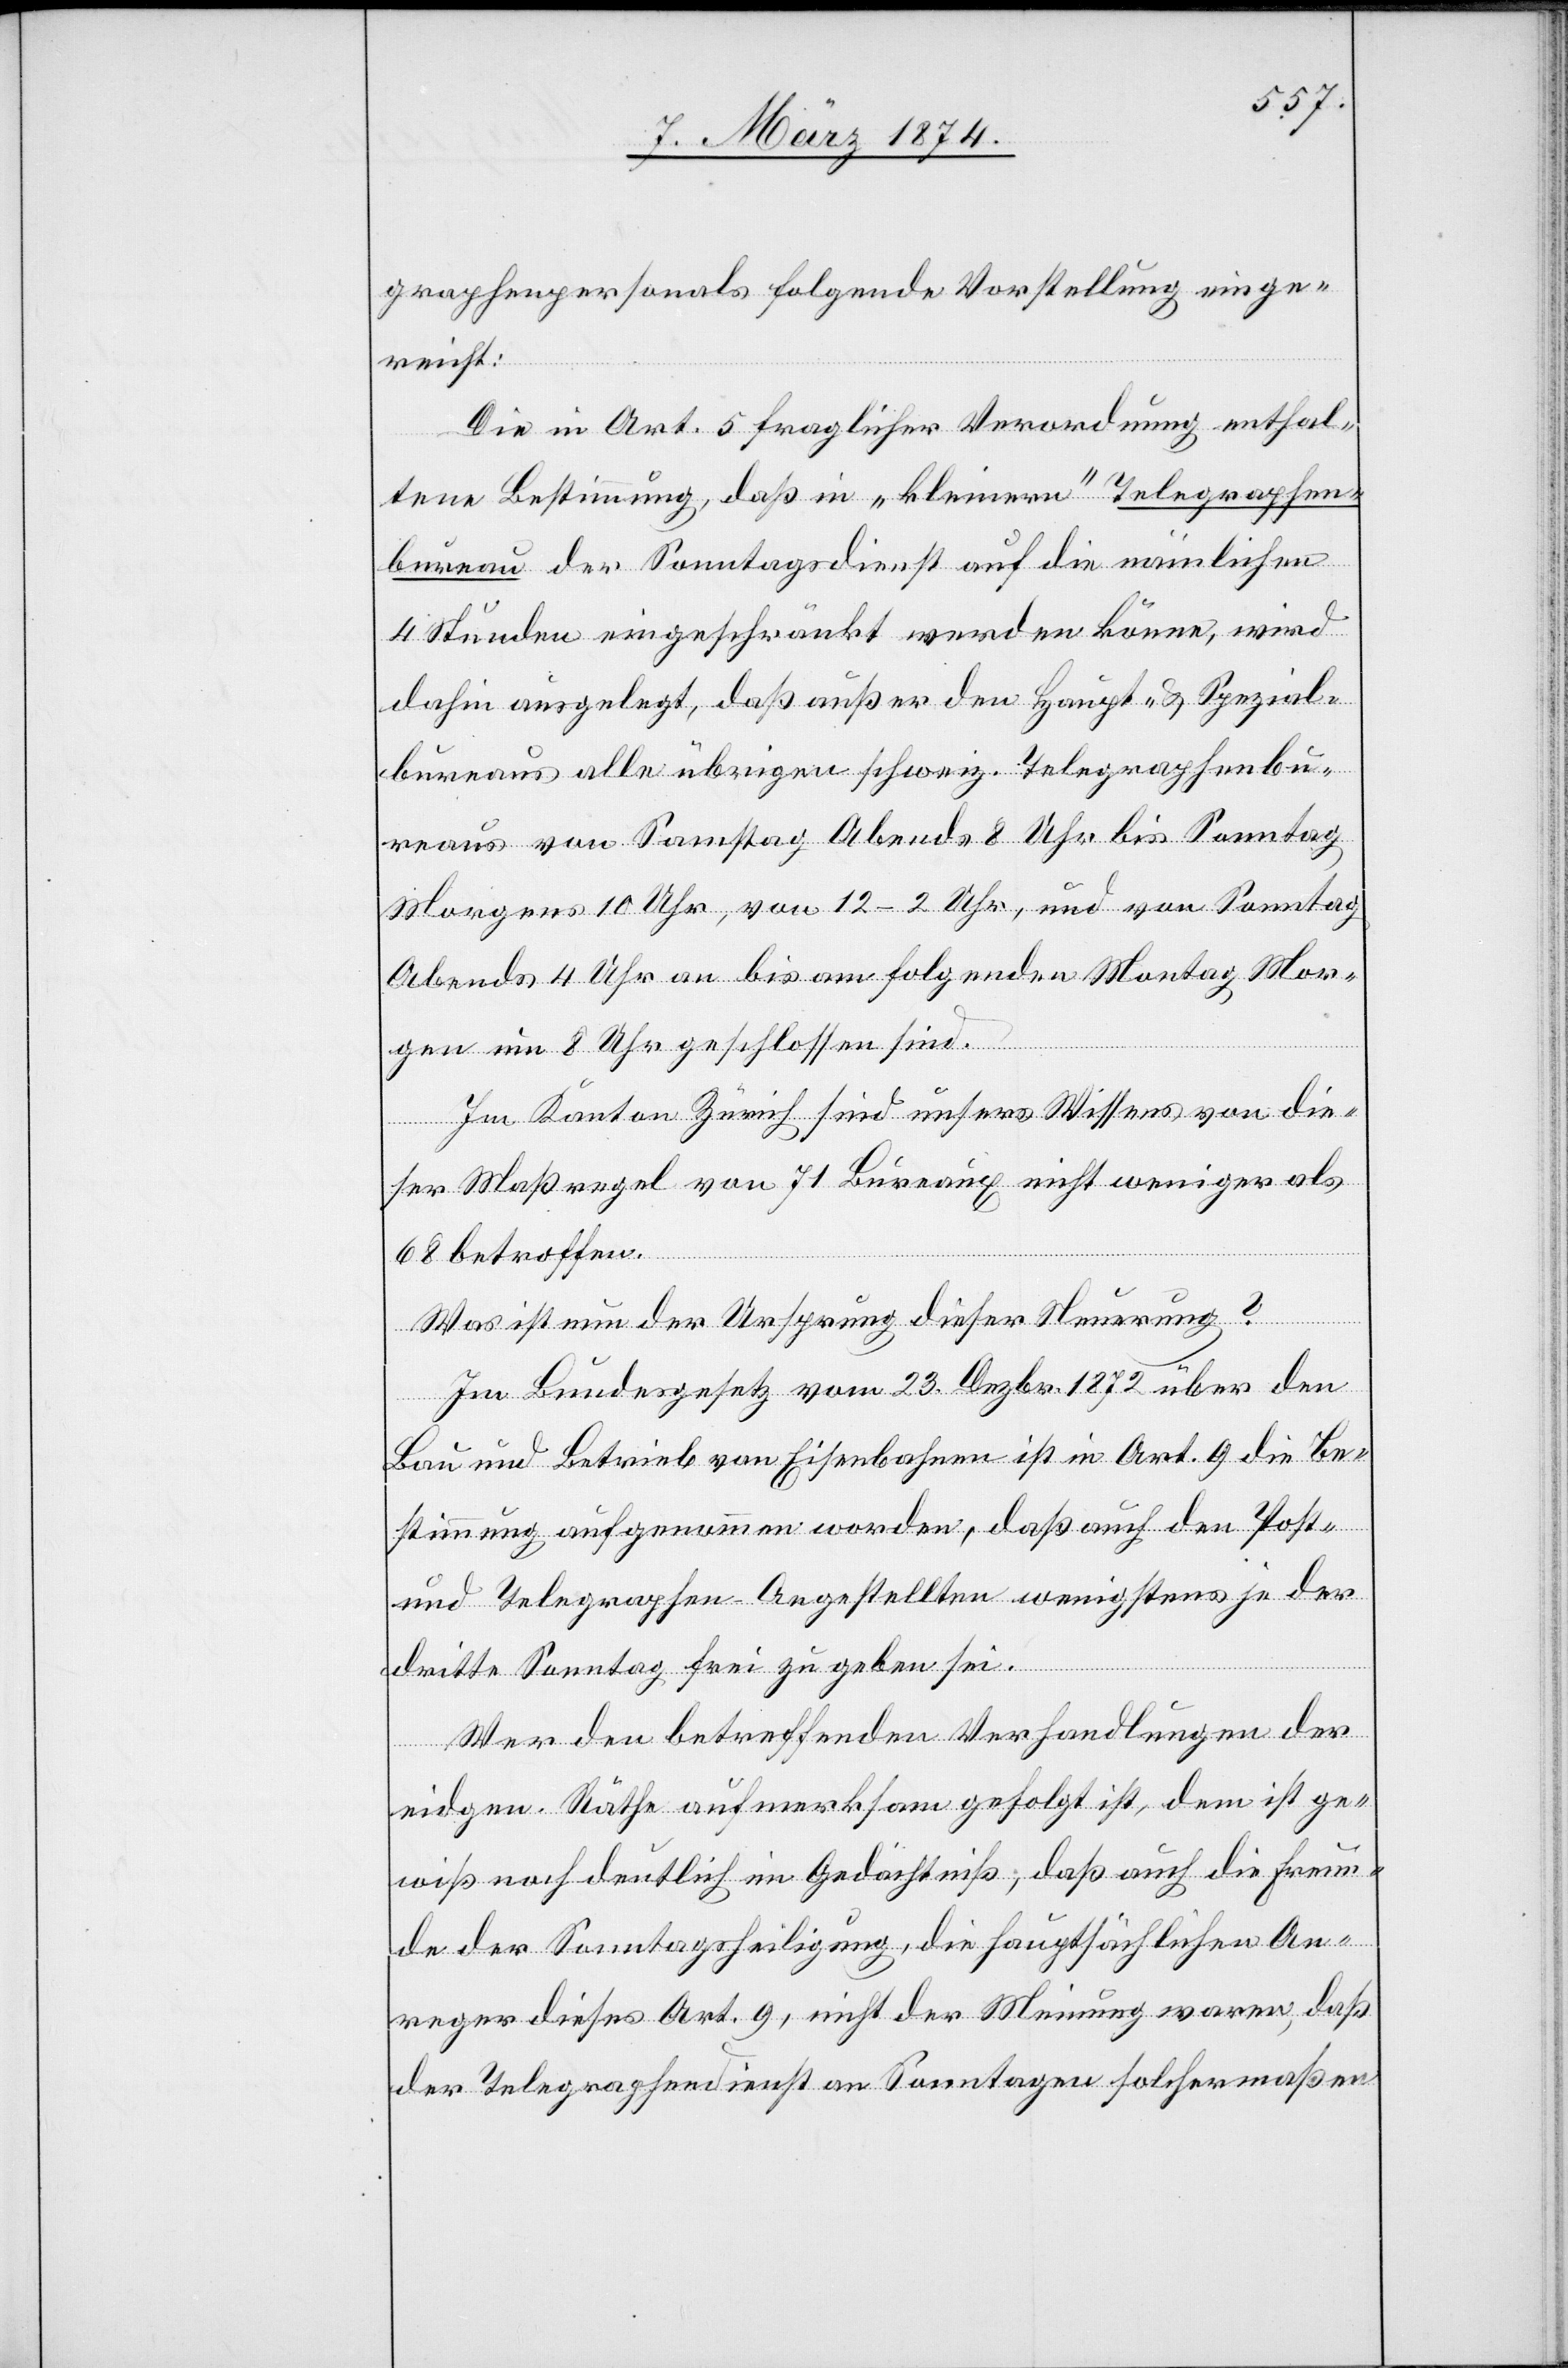
graphenpersonals folgende Vorstellung einge¬
reicht:
Die in Art. 5 fraglicher Verordnung enthal¬
tene Bestimmung, daß in „kleinern“ Telegraphen¬
bureau[s] der Sonntagsdienst auf die nämlichen
4 Stunden eingeschränkt werden könne, wird
dahin ausgelegt, daß außer den Haupt- u. Spezial¬
bureaux alle übrigen schweiz. Telegraphenbu¬
reaus von Samstag Abends 8 Uhr bis Sonntag
Morgens 10 Uhr, von 12–2 Uhr, und von Sonntag
Abends 4 Uhr an bis am folgenden Montag Mor¬
gen um 8 Uhr geschlossen sind.
Im Kanton Zürich sind unsers Wissens von die¬
ser Maßregel von 71 Bureaux nicht weniger als
68 betroffen.
Was ist nun der Ursprung dieser Neuerung?
Im Bundesgesetz vom 23. Dezbr. 1872 über den
Bau und Betrieb von Eisenbahnen ist in Art. 9 die Be¬
stimmung aufgenommen worden, daß auch den Post-
und Telegraphen-Angestellten wenigstens jeder
dritte Sonntag frei zu geben sei.
Wer den betreffenden Verhandlungen der
eidgen. Räthe aufmerksam gefolgt ist, dem ist ge¬
wiß noch deutlich im Gedächtniß, daß auch die Freun¬
de der Sonntagsheiligung, die hauptsächlichen An¬
reger dieses Art. 9, nicht der Meinung waren, daß
der Telegraphendienst an Sonntagen solchermaßen